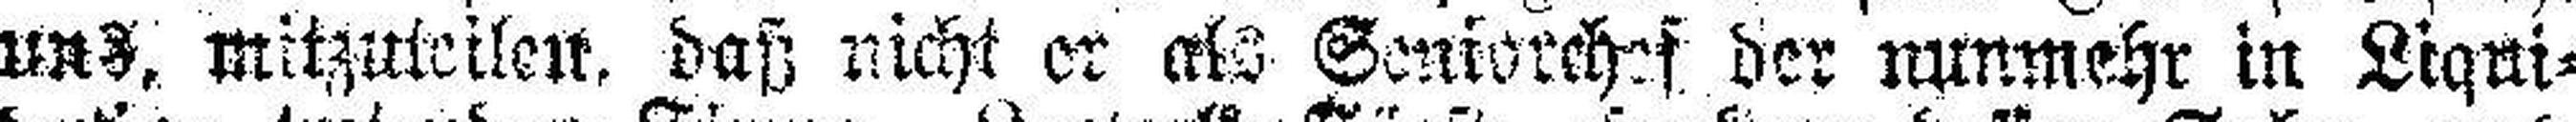
uns, mitzuteilen, daß nicht er als Genkorchef der nunmehr in Liqui¬